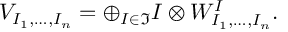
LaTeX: V _ { I _ { 1 } , \dots , I _ { n } } = \oplus _ { I \in \Im } I \otimes W _ { I _ { 1 } , \dots , I _ { n } } ^ { I } .